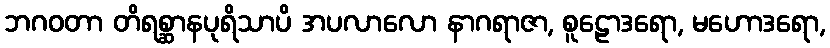
ဘဂဝတာ တိရစ္ဆာနပုရိသာပိ အပလာလော နာဂရာဇာ, စူဠောဒရော, မဟောဒရော,